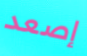
إصعد